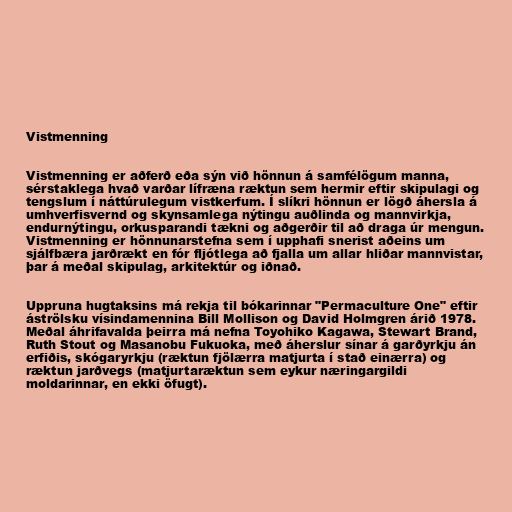
Vistmenning

Vistmenning er aðferð eða sýn við hönnun á samfélögum manna,
sérstaklega hvað varðar lífræna ræktun sem hermir eftir skipulagi og
tengslum í náttúrulegum vistkerfum. Í slíkri hönnun er lögð áhersla á
umhverfisvernd og skynsamlega nýtingu auðlinda og mannvirkja,
endurnýtingu, orkusparandi tækni og aðgerðir til að draga úr mengun.
Vistmenning er hönnunarstefna sem í upphafi snerist aðeins um
sjálfbæra jarðrækt en fór fljótlega að fjalla um allar hliðar mannvistar,
þar á meðal skipulag, arkitektúr og iðnað.

Uppruna hugtaksins má rekja til bókarinnar "Permaculture One" eftir
áströlsku vísindamennina Bill Mollison og David Holmgren árið 1978.
Meðal áhrifavalda þeirra má nefna Toyohiko Kagawa, Stewart Brand,
Ruth Stout og Masanobu Fukuoka, með áherslur sínar á garðyrkju án
erfiðis, skógaryrkju (ræktun fjölærra matjurta í stað einærra) og
ræktun jarðvegs (matjurtaræktun sem eykur næringargildi
moldarinnar, en ekki öfugt).